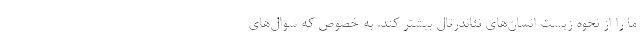
ما را از نحوه زیست انسان‌های نئاندرتال بیشتر کند. به خصوص که سوال‌های